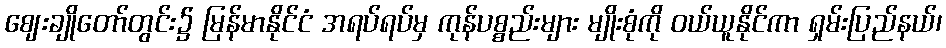
ဈေးချိုတော်တွင်း၌ မြန်မာနိုင်ငံ အရပ်ရပ်မှ ကုန်ပစ္စည်းများ မျိုးစုံကို ဝယ်ယူနိုင်ကာ ရှမ်းပြည်နယ်၊